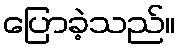
ပြောခဲ့သည်။